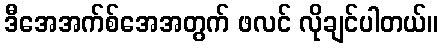
ဒီအေအက်စ်အေအတွက် ဖလင် လိုချင်ပါတယ်။